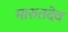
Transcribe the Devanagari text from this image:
मारुतदेव